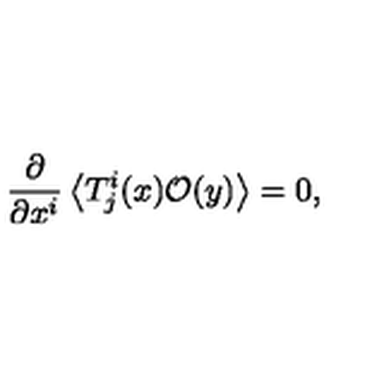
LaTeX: \frac { \partial } { \partial x ^ { i } } \left\langle T _ { j } ^ { i } ( x ) \mathcal { O } ( y ) \right\rangle = 0 ,